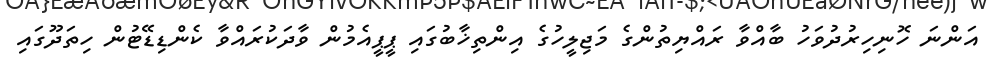
އަންނަ ހޮނިހިރުދުވަހު ބާއްވާ ރައްޔިތުންގެ މަޖިލީހުގެ އިންތިޚާބުގައި ޕީޕީއެމުން ވާދަކުރައްވާ ކެންޑިޑޭޓުން ހިތަދޫގައި